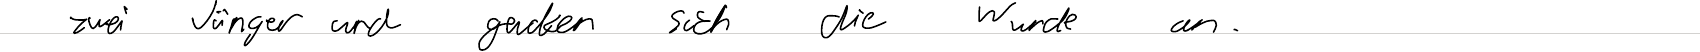
zwei Jünger und gucken sich die Wunde an.